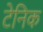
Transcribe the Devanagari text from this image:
टेनिक